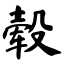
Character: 毂